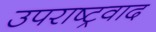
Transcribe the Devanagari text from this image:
उपराष्ट्रवाद